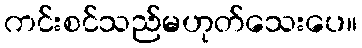
ကင်းစင်သည်မဟုတ်သေးပေ။